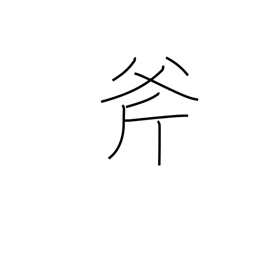
Meaning: ax